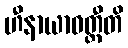
ဟီနာယာဝတ္တီတိ